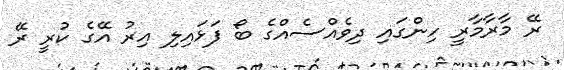
ރޭ މާރާމާރީ ހިންގައި ދިވެއްސެއްގެ ބޯ ފަޅައިލި އިރު އޭގެ ކުރީ ރޭ